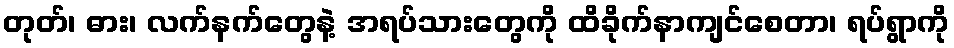
တုတ်၊ ဓား၊ လက်နက်တွေနဲ့ အရပ်သားတွေကို ထိခိုက်နာကျင်စေတာ၊ ရပ်ရွာကို